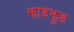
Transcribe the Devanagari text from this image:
झाडझूड